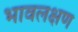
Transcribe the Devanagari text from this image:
भावलक्षण